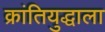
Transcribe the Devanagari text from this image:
क्रांतियुद्धाला